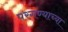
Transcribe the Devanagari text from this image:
परगण्याच्या